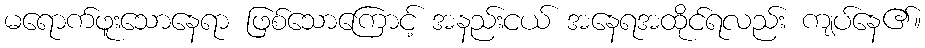
မရောက်ဖူးသောနေရာ ဖြစ်သောကြောင့် အနည်းငယ် အနေရအထိုင်ရလည်း ကျပ်နေ၏။